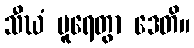
သီဃံ ပူရေတွာ ဒေတိ။